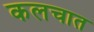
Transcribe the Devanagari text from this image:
कलचात